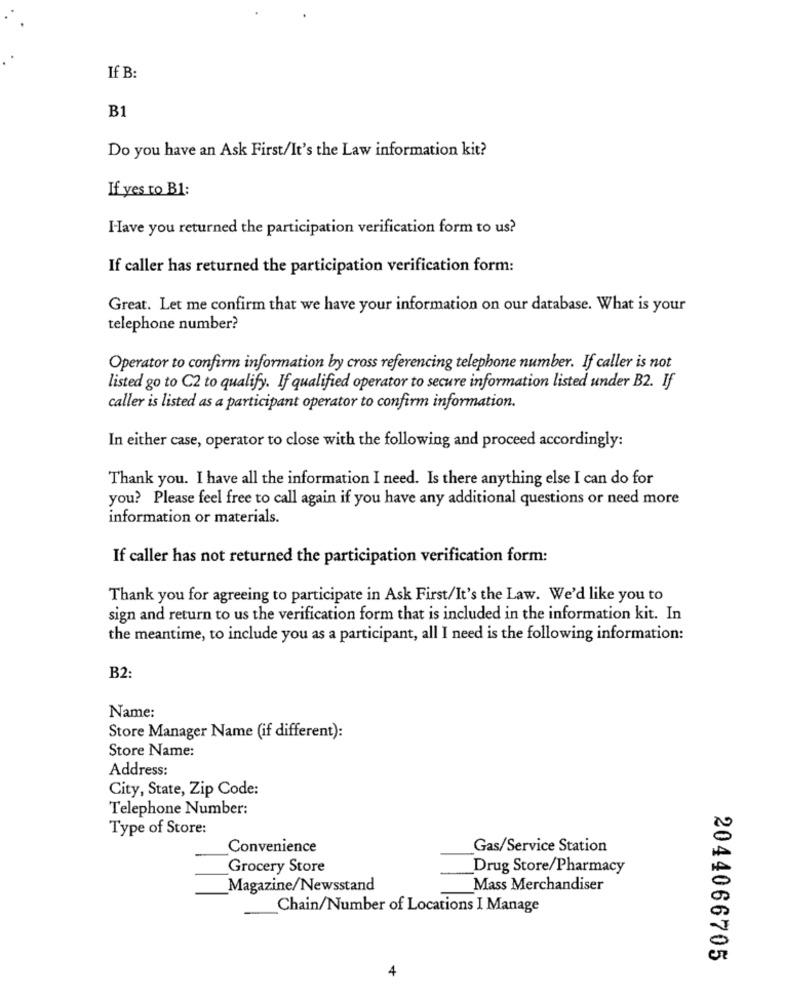
If B:
B
Do you have an Ask First/It's the Law information kit?
If yes to B1:
Have you returned the participation verification form to us?
If caller has returned the participation verification form:
Great. Let me confirm that we have your information on our database. What is your
telephone number?
Operator to confirm information by cross referencing telephone number. If caller is not
listed go to C2 to qualify. If qualified operator to secure information listed under B2. If
caller is listed as a participant operator to confirm information.
In either case, operator to close with the following and proceed accordingly:
Thank you. I have all the information I need. Is there anything else I can do for
you? Please feel free to call again if you have any additional questions or need more
information or materials.
If caller has not returned the participation verification form:
Thank you for agreeing to participate in Ask First/It's the Law. We'd like you to
sign and return to us the verification form that is included in the information kit. In
the meantime, to include you as a participant, all I need is the following information:
B2:
Name:
Store Manager Name (if different):
Store Name:
Address:
City, State, Zip Code:
Telephone Number:
Type of Store:
Convenience
Gas/Service Station
Grocery Store
Drug Store/Pharmacy
Magazine/Newsstand
Mass Merchandiser
Chain/Number of Locations I Manage
2044066705
4